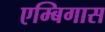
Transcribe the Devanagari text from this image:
एम्बिगास